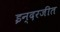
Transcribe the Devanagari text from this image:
इन्दरजीत